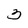
Character: 3